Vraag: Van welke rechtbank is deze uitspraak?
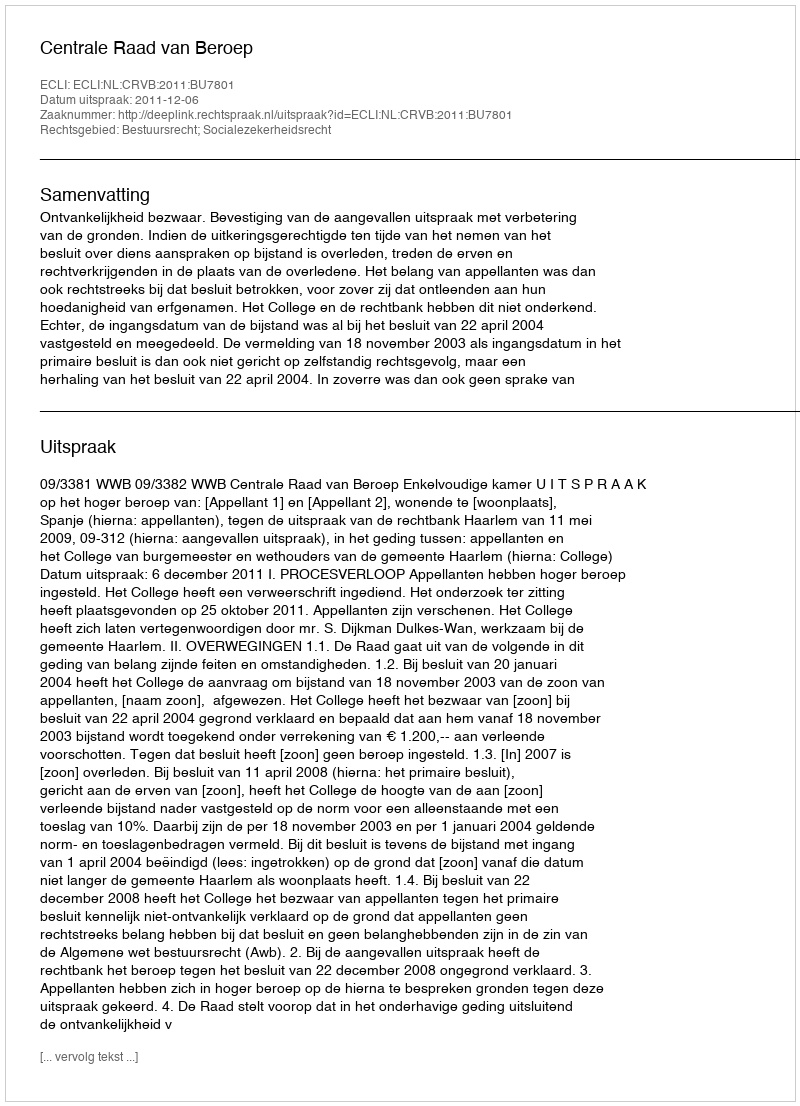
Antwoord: Centrale Raad van Beroep